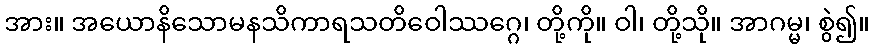
အား။ အယောနိသောမနသိကာရသတိဝေါဿဂ္ဂေ၊ တို့ကို။ ဝါ၊ တို့သို။ အာဂမ္မ၊ စွဲ၍။